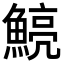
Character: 𩹗